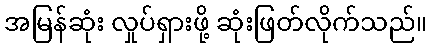
အမြန်ဆုံး လှုပ်ရှားဖို့ ဆုံးဖြတ်လိုက်သည်။